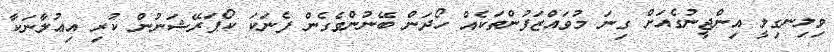
ވިލިނގިލީ އިންޖީނުގެއަށް ގިނަ މުވައްޒަފުންތަކެއް ހޯދަން ބޭނުންވެގެން ފެނަކަ ކޯޕަރޭޝަނުން ކުރި އިޢުލާނަކާ